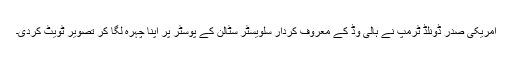
امریکی صدر ڈونلڈ ٹرمپ نے ہالی وڈ کے معروف کردار سلویسٹر سٹالن کے پوسٹر پر اپنا چہرہ لگا کر تصویر ٹویٹ کردی۔